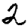
Digit: 2